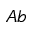
A b